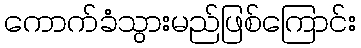
ကောက်ခံသွားမည်ဖြစ်ကြောင်း